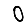
Digit: 0